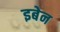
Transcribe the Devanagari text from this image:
इबेन